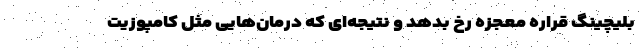
بلیچینگ قراره معجزه رخ بدهد و نتیجه‌ای که درمان‌هایی مثل کامپوزیت